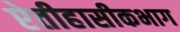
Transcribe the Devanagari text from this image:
ऐतीहासीकभाग